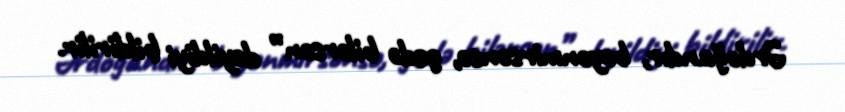
Ərdoğandır, bəyənmirsənsə, gedə bilərsən” deyildiyi bildirilir.